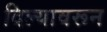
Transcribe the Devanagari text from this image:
दिल्यावरून